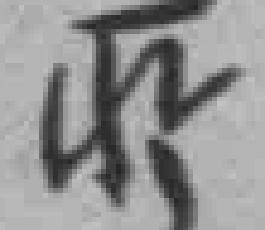
所